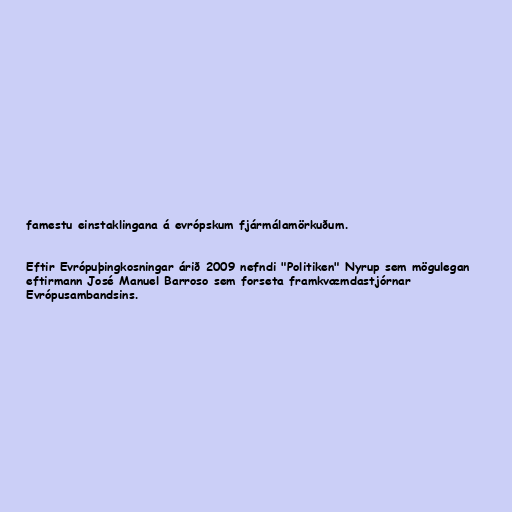
famestu einstaklingana á evrópskum fjármálamörkuðum.

Eftir Evrópuþingkosningar árið 2009 nefndi "Politiken" Nyrup sem mögulegan
eftirmann José Manuel Barroso sem forseta framkvæmdastjórnar
Evrópusambandsins.